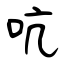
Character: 吭